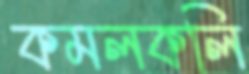
কমলকলি